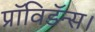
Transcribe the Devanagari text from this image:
प्रॉविडॅन्स।